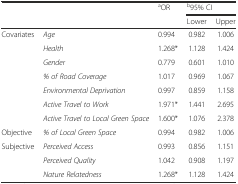
| <ROWSPAN=2>  | <ROWSPAN=2>  | aOR | <COLSPAN=2> b95% CI |
 |  | Lower | Upper |
 | --- | --- | --- | --- | --- |
 | Covariates | Age | 0.994 | 0.982 | 1.006 |
 |  | Health | 1.268* | 1.128 | 1.424 |
 |  | Gender | 0.779 | 0.601 | 1.010 |
 |  | % of Road Coverage | 1.017 | 0.969 | 1.067 |
 |  | Environmental Deprivation | 0.997 | 0.859 | 1.158 |
 |  | Active Travel to Work | 1.971* | 1.441 | 2.695 |
 |  | Active Travel to Local Green Space | 1.600* | 1.076 | 2.378 |
 | Objective | % of Local Green Space | 0.994 | 0.982 | 1.006 |
 | Subjective | Perceived Access | 0.993 | 0.856 | 1.151 |
 |  | Perceived Quality | 1.042 | 0.908 | 1.197 |
 |  | Nature Relatedness | 1.268* | 1.128 | 1.424 |